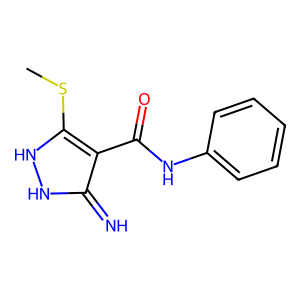
SMILES: CSc1[nH][nH]c(=N)c1C(=O)Nc1ccccc1
Inhibits HIV replication: No